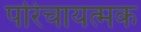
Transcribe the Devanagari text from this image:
परिचायत्मक